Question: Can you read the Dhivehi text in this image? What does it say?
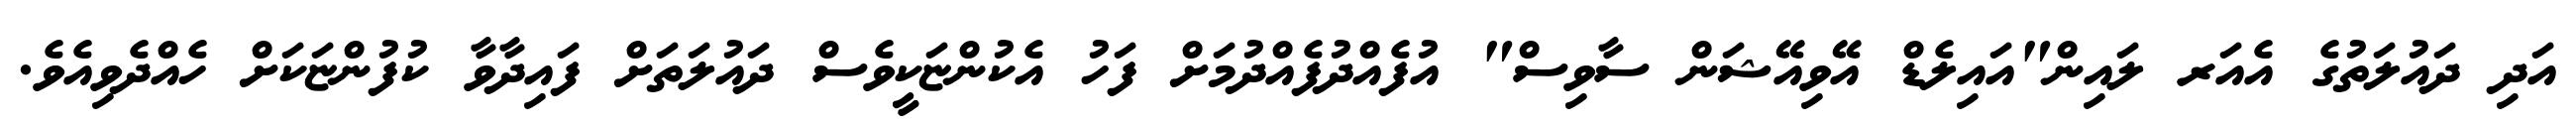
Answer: އަދި ދައުލަތުގެ އެއަރ ލައިން"އައިލެޑް އޭވިއޭޝަން ސާވިސް" އުފެއްދުފެއްދުމަށް ފަހު އެކުންޏަކީވެސް ދައުލަތަށް ފައިދާވާ ކުފުންޏަކަށް ހެއްދެވިއެވެ.